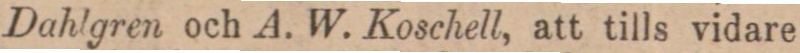
Dahlgren och A. W. Koschell, att tills vidare